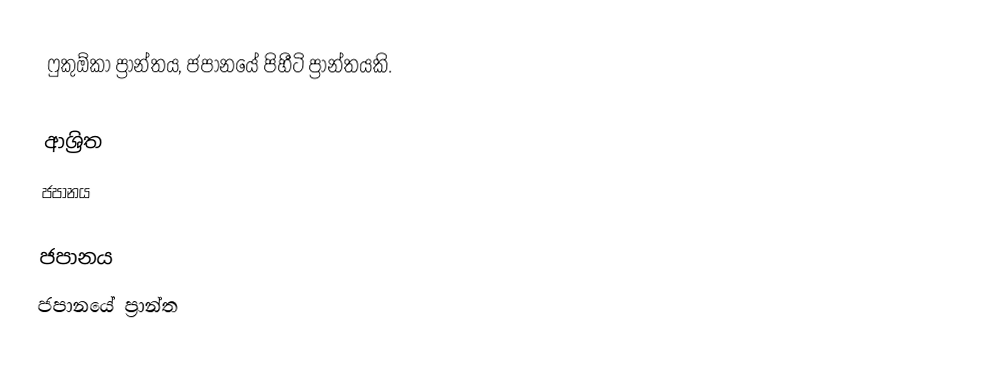
ෆුකුඕකා ප්‍රාන්තය, ජපානයේ පිහීටි ප්‍රාන්තයකි.

ආශ්‍රිත
 ජපානය

ජපානය
ජපානයේ ප්‍රාන්ත